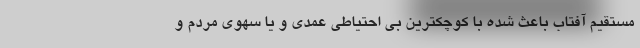
مستقیم آفتاب باعث شده با کوچکترین بی احتیاطی عمدی و یا سهوی مردم و